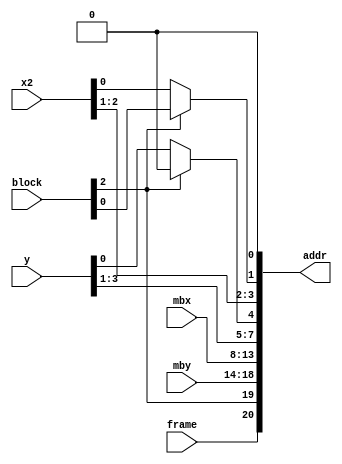
//================================================================================
// MPEG2 Video Frame buffer address generator
// Written by kimu_shu
//================================================================================

module m2vfbagen #(
	parameter
	MEM_WIDTH = 21,
	MBX_WIDTH = 6,
	MBY_WIDTH = 5
) (
	input [2:0] block,
	input frame,
	input [(MBX_WIDTH-1):0] mbx,
	input [2:0] x2,
	input [(MBY_WIDTH-1):0] mby,
	input [3:0] y,
	output [(MEM_WIDTH-1):0] addr
);

localparam REQUIRED_WIDTH = MBX_WIDTH + MBY_WIDTH + 10;

assign addr[(REQUIRED_WIDTH-1):0] =
{
	frame,
	block[2],
	mby,
	mbx,
	y[3:1], block[2] ? 1'b0 : y[0],
	x2[2:1], block[2] ? block[0] : x2[0],
	1'b0
};

generate
	if(MEM_WIDTH > REQUIRED_WIDTH)
		assign addr[(MEM_WIDTH-1):REQUIRED_WIDTH] =
			{(MEM_WIDTH-REQUIRED_WIDTH){1'b0}};
endgenerate

endmodule